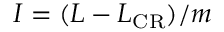
I = ( L - L _ { \mathrm { C R } } ) / m